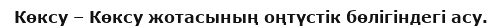
Көксу – Көксу жотасының оңтүстік бөлігіндегі асу.